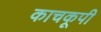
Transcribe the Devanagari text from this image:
काचकूपी